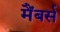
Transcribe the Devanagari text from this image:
मैंबर्स